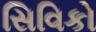
સિવિકો